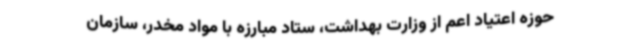
حوزه اعتیاد اعم از وزارت بهداشت، ستاد مبارزه با مواد مخدر، سازمان